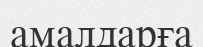
амалдарға